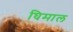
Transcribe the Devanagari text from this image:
घिमाल